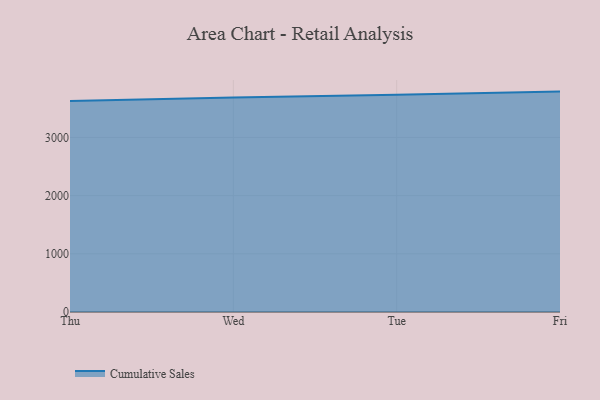
{"axis": {"x": "Day", "y": "Operating Costs (USD K)"}, "legend": ["Cumulative Sales"], "data": [{"x": "Thu", "y": 3624.8, "type": "Cumulative Sales"}, {"x": "Wed", "y": 3685.7, "type": "Cumulative Sales"}, {"x": "Tue", "y": 3733.9, "type": "Cumulative Sales"}, {"x": "Fri", "y": 3787.5, "type": "Cumulative Sales"}]}